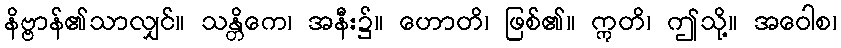
နိဗ္ဗာန်၏သာလျှင်။ သန္တိကေ၊ အနီး၌။ ဟောတိ၊ ဖြစ်၏။ ဣတိ၊ ဤသို့။ အဝေါစ၊